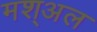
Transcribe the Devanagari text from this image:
मश्अल